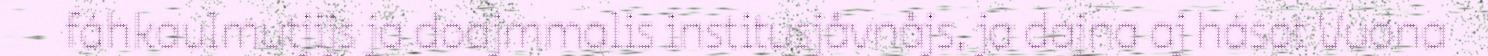
fáhkaulmutjijs ja doajmmalis institusjåvnåjs, ja dajna aj hásot Vuona